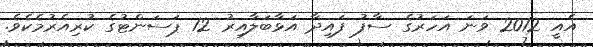
އެއީ 2012 ވަނަ އަހަރުގެ ސާފު ފައިދާ އަޅާބަލާއިރު 12 ޕަސަންޓުގެ ކުރިއެރުމެކެވެ.